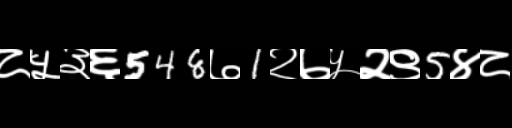
Text: ८५३६548७1२७५२९5४८